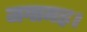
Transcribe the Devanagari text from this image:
जगामह।